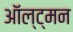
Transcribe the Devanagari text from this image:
ऑल्ट्मन